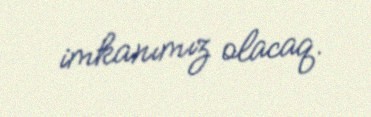
imkanımız olacaq.